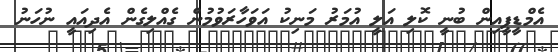
އެމްޑީޕީއިން ބުނީ ކޮލި އަލީ އުމަރު މަނިކު އަވަހާރަވުމުން ގެއްލިގެން އެދިއައީ ނުހަނު